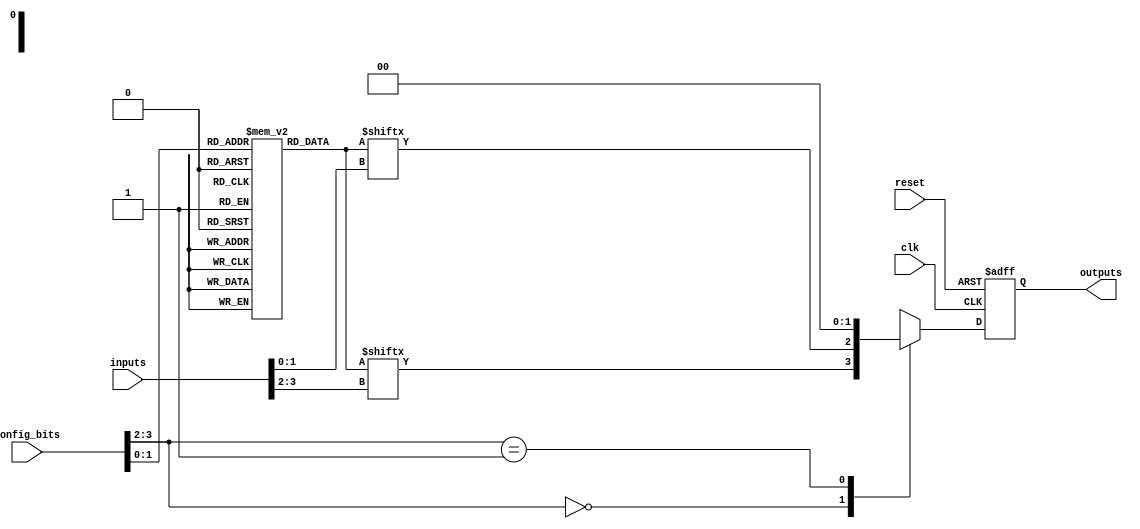
module CLB (
    input wire [3:0] inputs,          // Input signals (4 inputs for example)
    input wire [3:0] config_bits,     // Configuration bits for LUTs
    input wire clk,                   // Clock signal for registers
    input wire reset,                 // Reset signal for registers
    output wire [1:0] outputs         // Output signals (2 outputs for example)
);

    // LUTs
    reg [15:0] lut [0:3];              // 4 LUTs, each with 16 entries (for 4-bit inputs)
    wire [3:0] lut_out;                // Outputs from LUTs

    // MUXes
    reg [1:0] mux_out;                 // MUX output from LUTs
    wire [1:0] selected_lut;           // Selected LUT output based on config

    // Registers (optional)
    reg [1:0] reg_out;                 // Register output
    always @(posedge clk or posedge reset) begin
        if (reset)
            reg_out <= 2'b00;          // Reset register output
        else
            reg_out <= mux_out;        // Store MUX output in register
    end

    // Configuration for LUTs (initialization)
    initial begin
        lut[0] = 16'b0000000000000000;  // Example LUT configurations
        lut[1] = 16'b0000000000000001;
        lut[2] = 16'b0000000000000010;
        lut[3] = 16'b0000000000000011;
    end

    // LUT output logic
    assign lut_out = {lut[config_bits[1:0]] [inputs[3:2]], 
                      lut[config_bits[1:0]] [inputs[1:0]]}; // Using configuration bits to select LUT

    // MUX logic to select between LUT outputs
    always @(*) begin
        case (config_bits[3:2])
            2'b00: mux_out = lut_out[1:0];   // Select from LUT 0
            2'b01: mux_out = lut_out[3:2];   // Select from LUT 1
            2'b10: mux_out = lut_out[5:4];   // Select from LUT 2
            2'b11: mux_out = lut_out[7:6];   // Select from LUT 3
            default: mux_out = 2'b00;         // Default case
        endcase
    end

    // Output assignments
    assign outputs = reg_out;            // Output from the register

endmodule